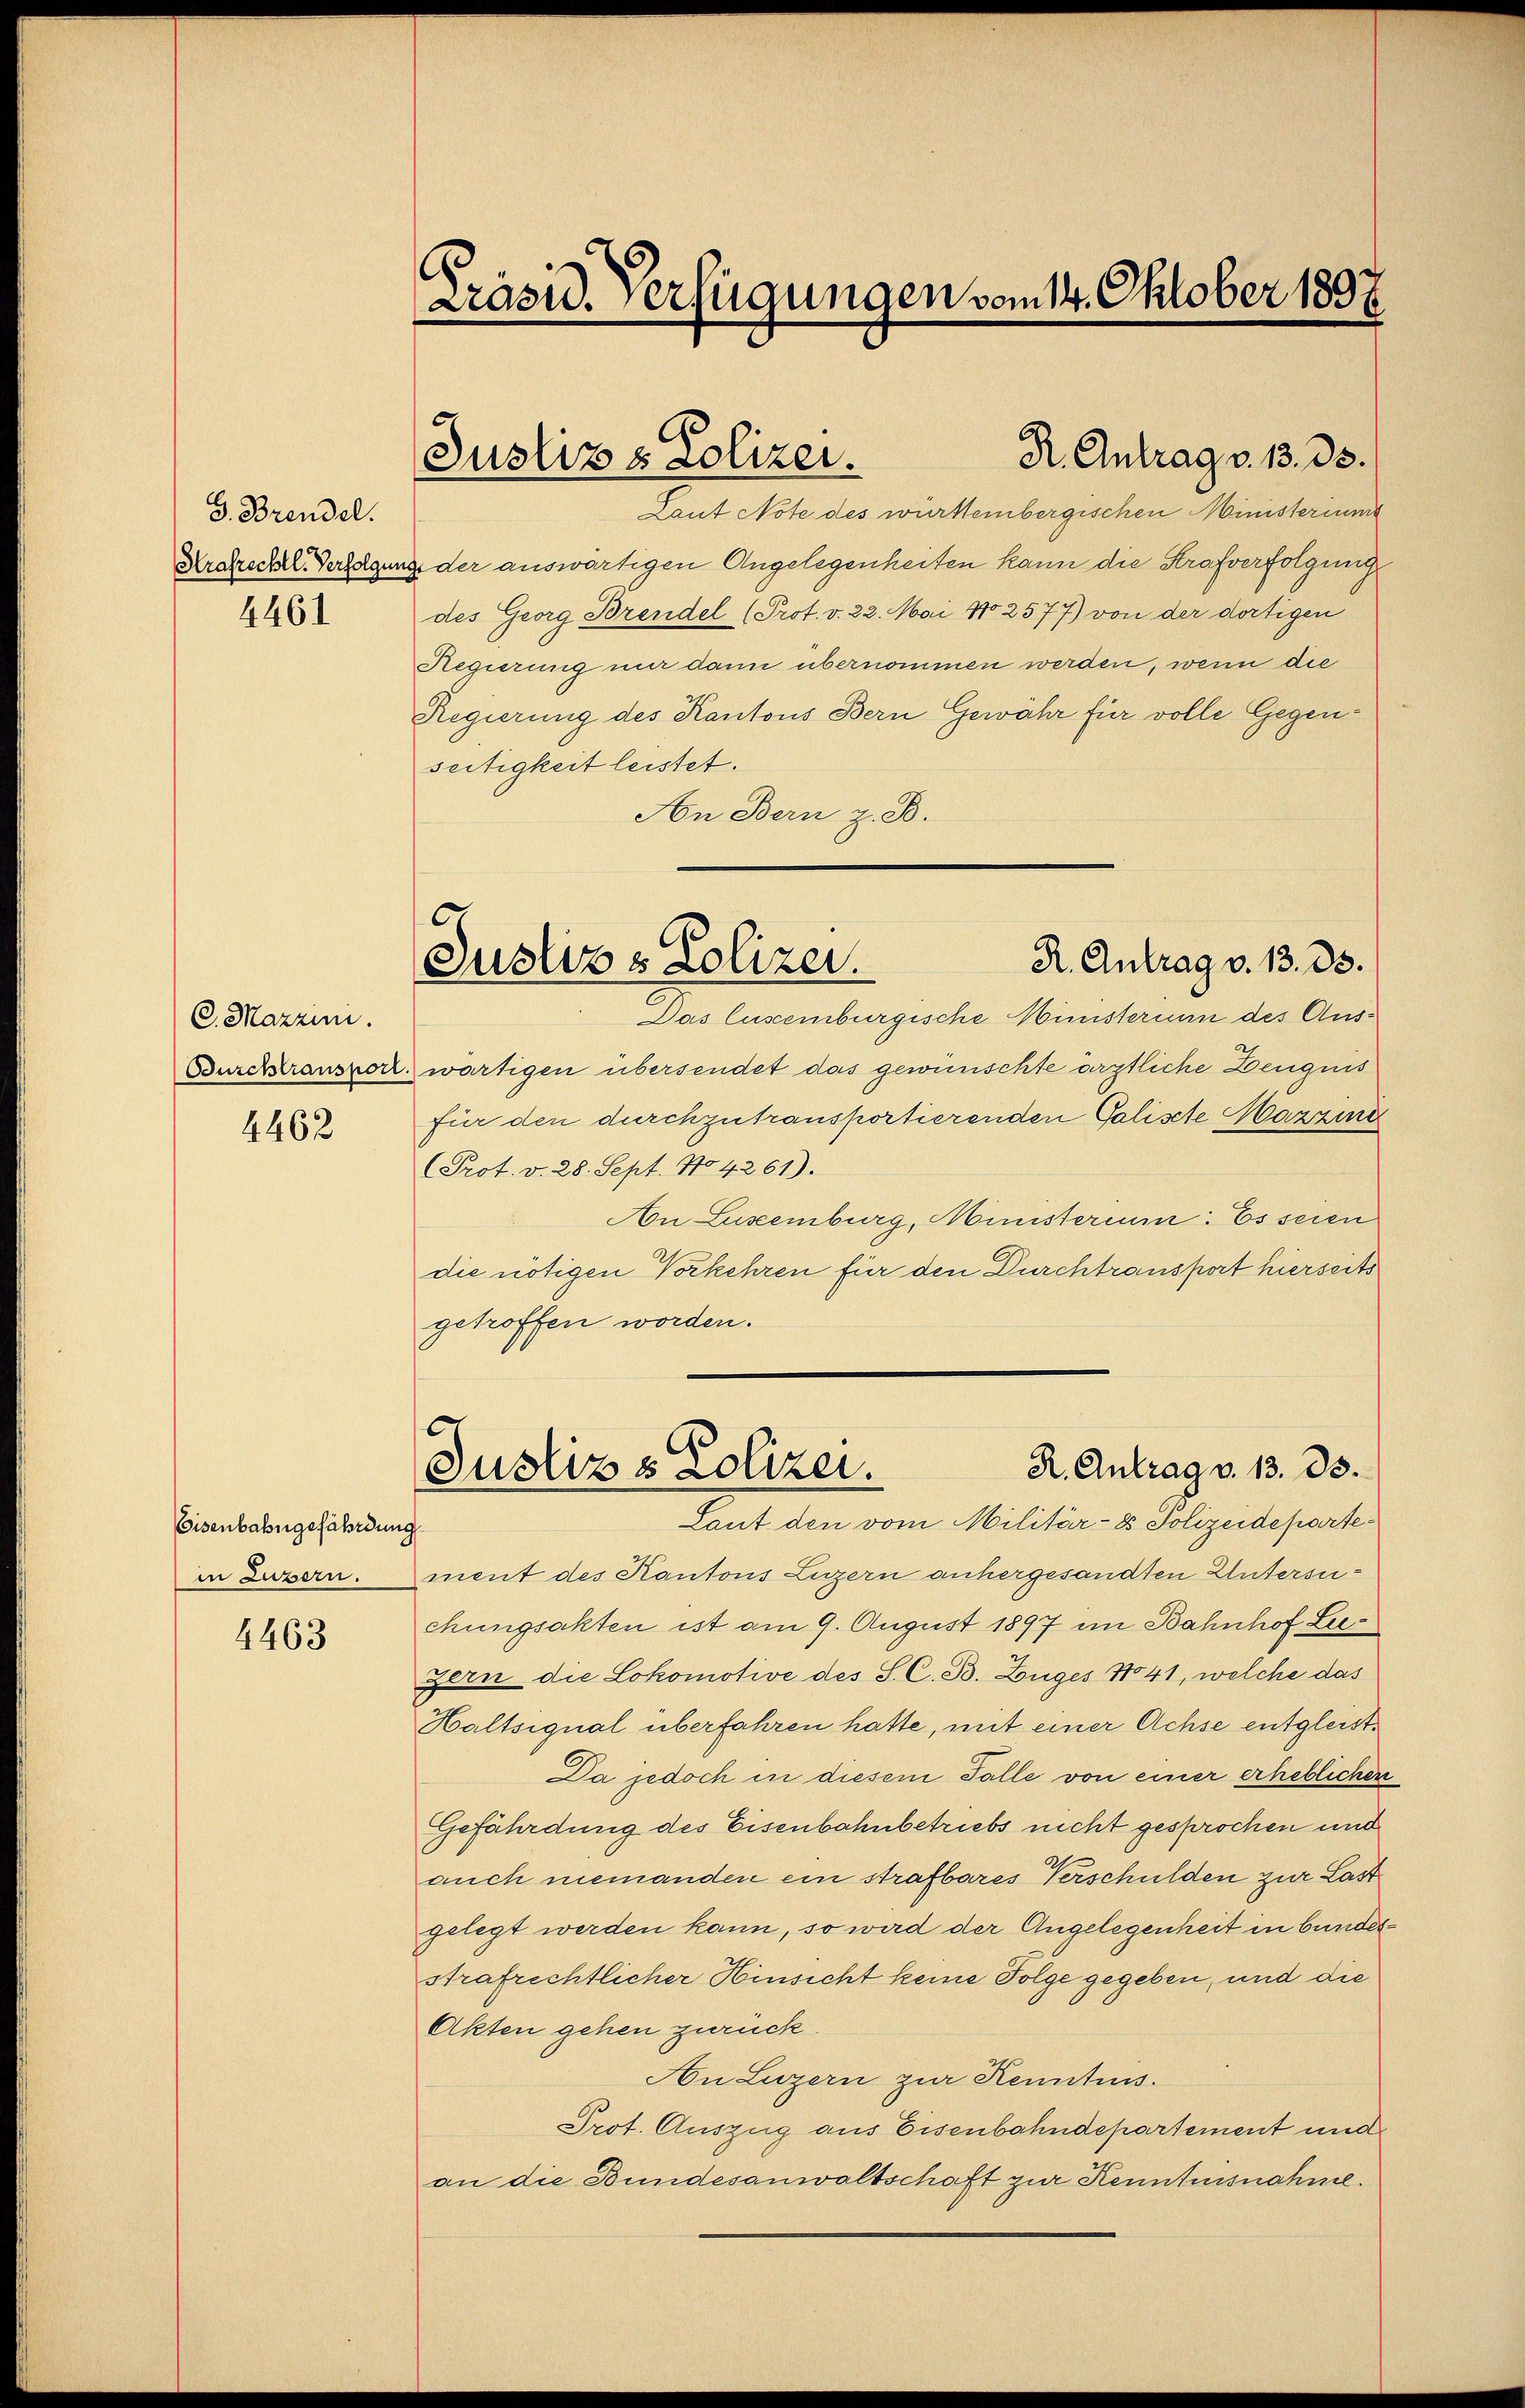
G. Brendel.
Strafrechtl. Verfolgung
4461

C. Mazzin.
Burchtransport
4462

Eisenbahngefährdung
in Luzern.

4463

Präsid. Verfügungen vom 14. Oktober 1897.

R. Antrag v. 13. ds.
Justiz & Polizei.

R. Antrag v. 13. 33.
Justiz & Polizei.

Laut Note des württembergischen Ministeriums
x der auswärtigen Angelegenheiten kann die Strafverfolgung
des Georg Brendel (Prot. v. 22. Mai 12577) von der dortigen
Regierung nur dann übernommen werden, wenn die
Regierung des Kantons Bern Gewähr für volle Gegenseitigkeit leistet.
An Bern z. B.
Das Eisenburgische Ministerium des Auswärtigen übersendet das gewünschte ärztliche Zeugnis
für den durchzutransportierenden Galiste Mazzine
(Prot. v. 28. Sept. No. 4261).
An Luxenburg, Münsterium: Es seien
die nötigen Vorkehren für den Durchtransport hierseits
getroffen worden.
6
R. Antrag v. 13. 33.
Justiz & Polizei.
Laut den vom Militier- u. Polizeideparten
.
ment des Kantons Luzern anhergesandten Untersuchungsakten ist am 9. August 1897 im Bahnhof Lu¬
Bern die Lokomotive des S. C. B. Zuges No 41, welche das
Haltsignal überfahren hatte, mit einer Achse entgleist¬
Da jedoch in diesem Falle von einer erheblicher
Gefährdung des Eisenbahnbetriebs nicht gesprochen und
auch niemanden ein strafbares Verschulden zur Last
gelegt werden kann, so wird der Angelegenheit in bundesstrafrechtlicher Hinsicht keine Folge gegeben, und die
Akten gehen zurück.
An Luzern zur Kenntnis.
Prot. Auszug aus Eisenbahndepartement und
an die Bundesanwaltschaft zur Kenntnisnahme.